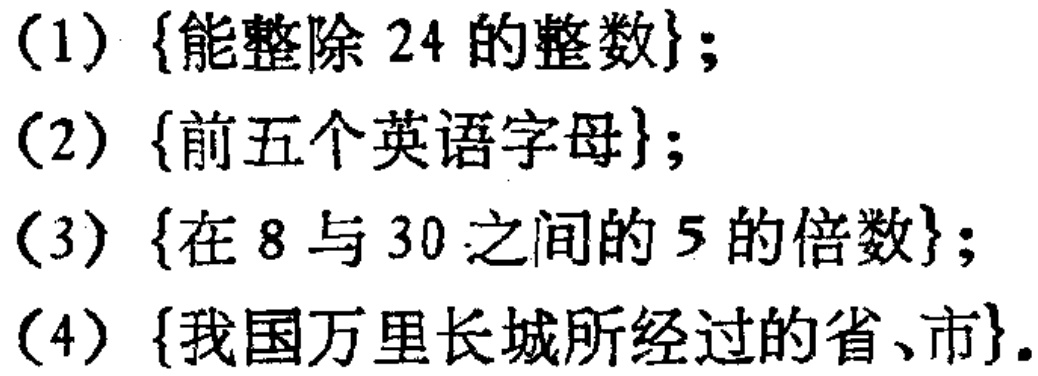
(1) $\{ \text{能整除 }24\text{ 的整数}\}$;

(2) $\{ \text{前五个英语字母}\}$;

(3) $\{ \text{在 }8\text{ 与 }30\text{ 之间的 }5\text{ 的倍数}\}$;

(4) $\{ \text{我国万里长城所经过的省、市}\}$.